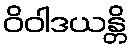
ဝိဝါဒယန္တိ